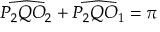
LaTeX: { \widehat { P _ { 2 } Q O _ { 2 } } } + { \widehat { P _ { 2 } Q O _ { 1 } } } = \pi